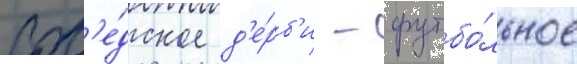
Сос'е́дское д'е́рб'и - футбо́льное